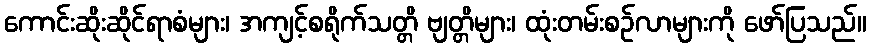
ကောင်းဆိုးဆိုင်ရာစံများ၊ အကျင့်စရိုက်သတ္တိ ဗျတ္တိများ၊ ထုံးတမ်းစဉ်လာများကို ဖော်ပြသည်။